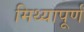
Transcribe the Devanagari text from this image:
मिथ्यापूर्ण